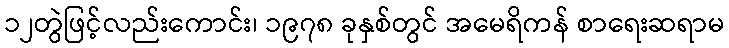
၁၂တွဲဖြင့်လည်းကောင်း၊ ၁၉၇၈ ခုနှစ်တွင် အမေရိကန် စာရေးဆရာမ